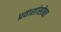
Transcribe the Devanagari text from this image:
प्रवाशांसोबत